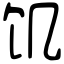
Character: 饥